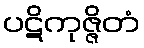
ပဋိကုဇ္ဇိတံ